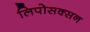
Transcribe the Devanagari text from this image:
लिपोसक्सन